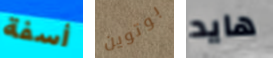
أسفة بوتوين هايد